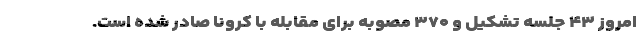
امروز ۴۳ جلسه تشکیل و ۳۷۰ مصوبه برای مقابله با کرونا صادر شده است.